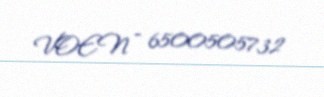
VOEN - 6500505732